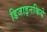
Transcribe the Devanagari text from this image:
डिजाइनकिये